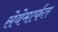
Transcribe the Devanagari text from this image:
सेवेमार्फत